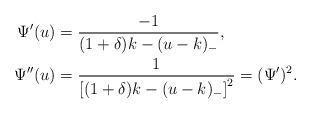
LaTeX: \begin{align*} \Psi' (u) &= \frac{-1}{(1+\delta) k - (u-k)_{-}},\\ \Psi'' (u) &= \frac{1}{\left[ (1+ \delta) k - (u-k)_{-} \right]^{2}} = (\Psi')^{2}. \end{align*}